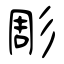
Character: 彫